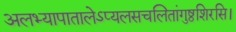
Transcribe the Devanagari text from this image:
अलभ्यापातालेऽप्यलसचलितांगुष्ठशिरसि।